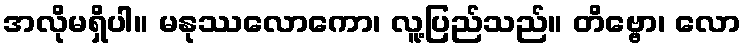
အလိုမရှိပါ။ မနုဿလောကော၊ လူ့ပြည်သည်။ တိဗ္ဗော၊ လော